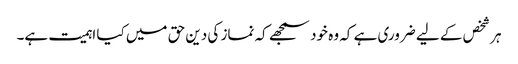
ہر شخص کے لیے ضروری ہے کہ وہ خود سمجھے کہ نماز کی دین حق میں کیا اہمیت ہے۔